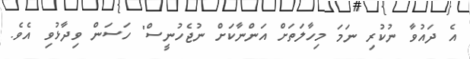
އެ ދައުވާ ނުކުރި ނަމަ މިހާލަތަށް އަންނާކަށް ނުޖެހުނީސް" ހަސަން ވިދާޅުވި އެވެ.